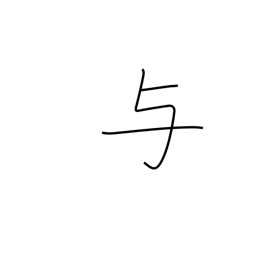
Meaning: impart